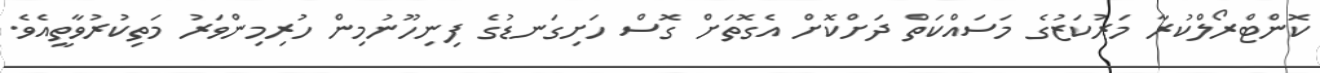
ކޮންޓްރޯލްކުރާ މަރުކަޒުގެ މަސައްކަތް ދަށްކޮށް އެގޮތަށް ގޮސް ހަށިގަނޑުގެ ފިނިހޫނުމިން ހުރިމިންވަރު މަތިކުރުވާތީއެވެ.